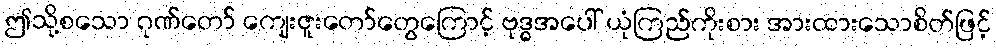
ဤသို့စသော ဂုဏ်တော် ကျေးဇူးတော်တွေကြောင့် ဗုဒ္ဓအပေါ် ယုံကြည်ကိုးစား အားထားသောစိတ်ဖြင့်